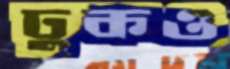
ঢুকও